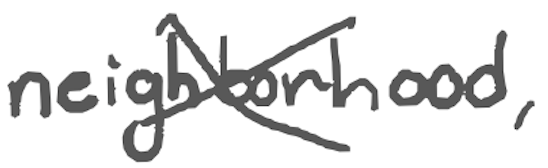
Text: neighborhood,
Cross-out: cross
Writing tool: digital_gray